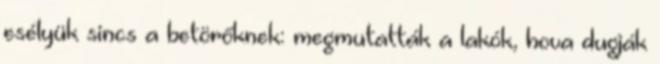
esélyük sincs a betörőknek: megmutatták a lakók, hova dugják